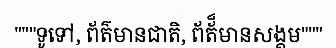
"""ទូទៅ, ព័ត៌មានជាតិ, ព័ត័៏មានសង្គម"""